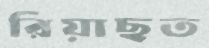
রিয়াছত